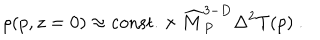
\rho ( p , z = 0 ) \approx \mathrm { c o n s t . } \times { \widehat M } _ { P } ^ { 3 - D } \Delta ^ { 2 } T ( p ) ~ .